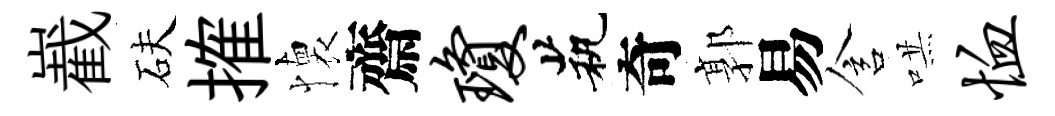
嶻砆搉懐齋琼茕奇郭易含哄恤